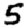
Digit: 5